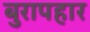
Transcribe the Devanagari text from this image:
बुरापहार